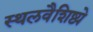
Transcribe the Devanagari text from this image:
स्थलवैशिष्ट्ये